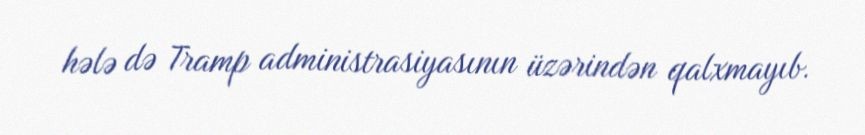
hələ də Tramp administrasiyasının üzərindən qalxmayıb.